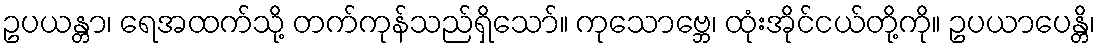
ဥပယန္တာ၊ ရေအထက်သို့ တက်ကုန်သည်ရှိသော်။ ကုသောဗ္ဘေ၊ ထုံးအိုင်ငယ်တို့ကို။ ဥပယာပေန္တိ၊